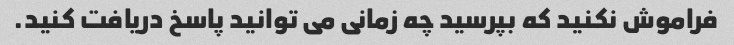
فراموش نکنید که بپرسید چه زمانی می توانید پاسخ دریافت کنید.